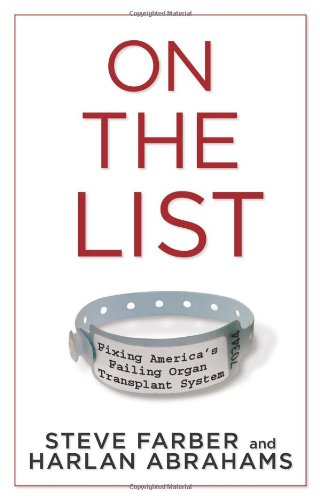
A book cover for On the List: Fixing America's Failing Organ Transplant System; Steve Farber; Health, Fitness & Dieting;